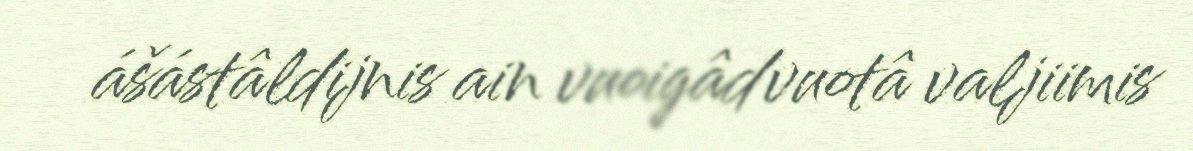
ášástâldijnis ain vuoigâdvuotâ valjiimis